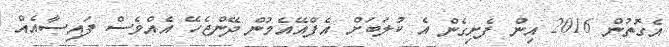
އެގޮތުން 2016 އިން ފެށިގެން އެ ކުލަބަށް އެފްއޭއެމުން ދޭންޖެހޭ އެއްވެސް ފައިސާއެއް